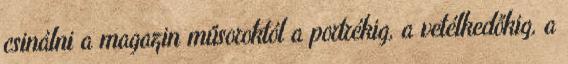
csinálni a magazin műsoroktól a portrékig, a vetélkedőkig, a